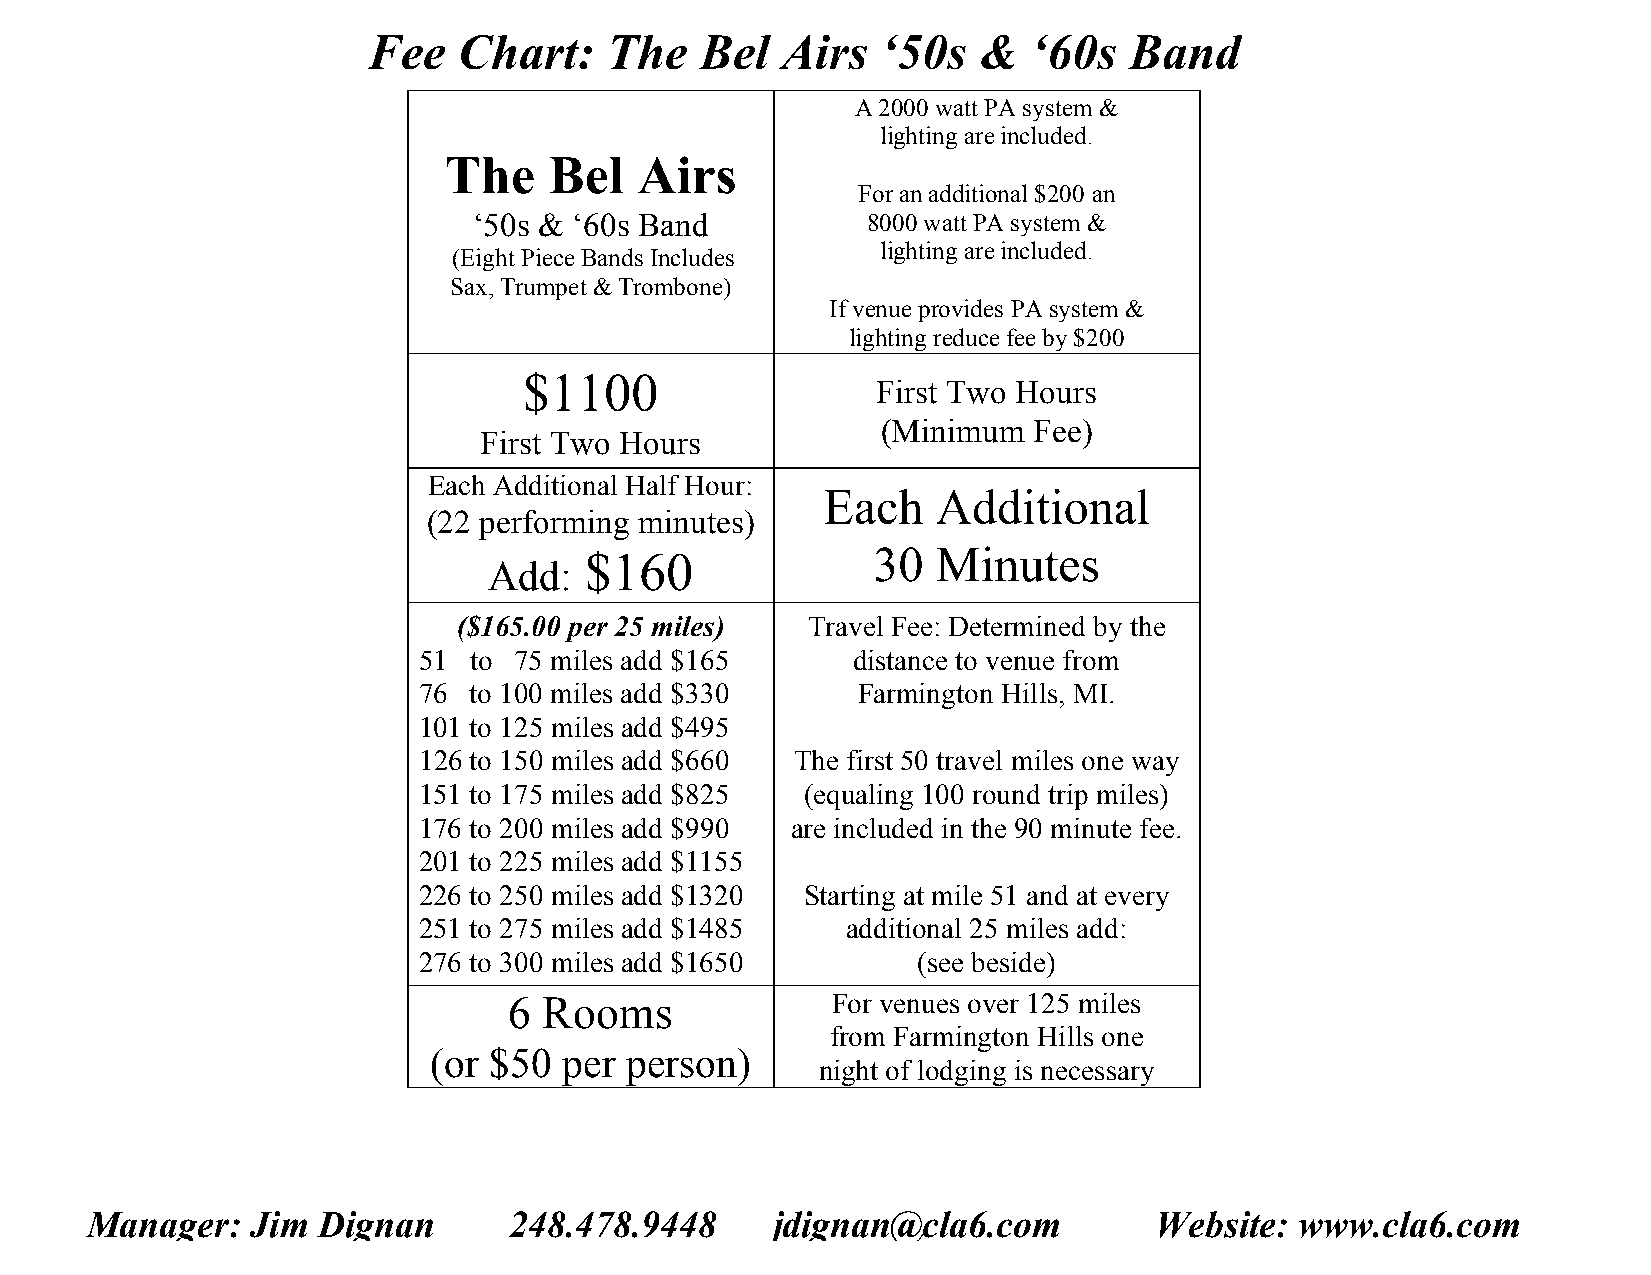
Fee   Chart:    The   Bel   Airs  ‘50s   &  ‘60s   Band
 A 2000 watt PA system &
 lighting are included.
 The    Bel   Airs
 For an additional $200 an
 ‘50s & ‘60s Band          8000 watt PA system &
 lighting are included.
 (Eight Piece Bands Includes
 Sax, Trumpet & Trombone)
 If venue provides PA system &
 lighting reduce fee by $200
 $1100
 First Two Hours
 (Minimum  Fee)
 First Two Hours
 Each Additional Half Hour:
 Each    Additional
 (22 performing minutes)
 $160               30  Minutes
 Add:
 ($165.00 per 25 miles) Travel Fee: Determined by the
 51 to 75 miles add $165     distance to venue from
 76 to 100 miles add $330     Farmington Hills, MI.
 101 to 125 miles add $495
 126 to 150 miles add $660 The first 50 travel miles one way
 151 to 175 miles add $825 (equaling 100 round trip miles)
 176 to 200 miles add $990 are included in the 90 minute fee.
 201 to 225 miles add $1155
 226 to 250 miles add $1320 Starting at mile 51 and at every
 251 to 275 miles add $1485  additional 25 miles add:
 276 to 300 miles add $1650       (see beside)
 6 Rooms              For venues over 125 miles
 from Farmington Hills one
 (or $50  per person)
 night of lodging is necessary
 Manager:   Jim Dignan       248.478.9448     jdignan@cla6.com         Website:  www.cla6.com